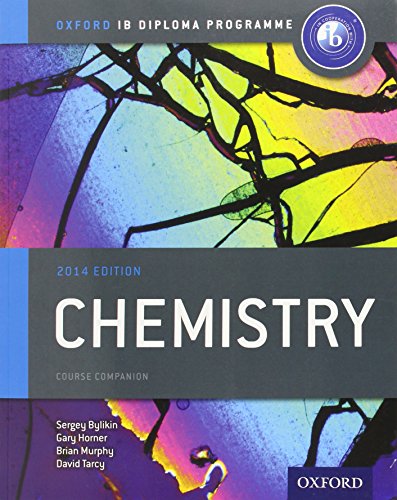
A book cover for Oxford IB Diploma Program Chemistry: Course Companion; Sergey Bylikin; Teen & Young Adult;